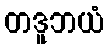
တဒူဘယံ